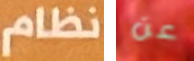
نظام عن